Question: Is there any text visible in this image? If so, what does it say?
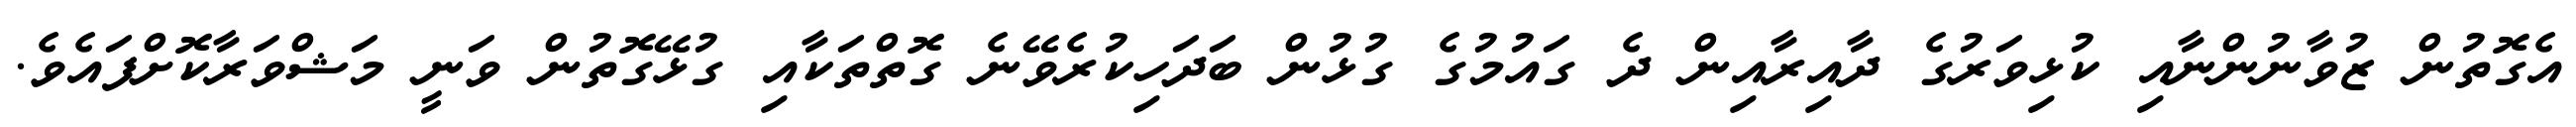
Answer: އެގޮތުން ޒުވާނުންނާއި ކުޅިވަރުގެ ދާއިރާއިން ދެ ގައުމުގެ ގުޅުން ބަދަހިކުރެވޭނެ ގޮތްތަކާއި ގުޅޭގޮތުން ވަނީ މަޝްވަރާކޮށްފައެވެ.